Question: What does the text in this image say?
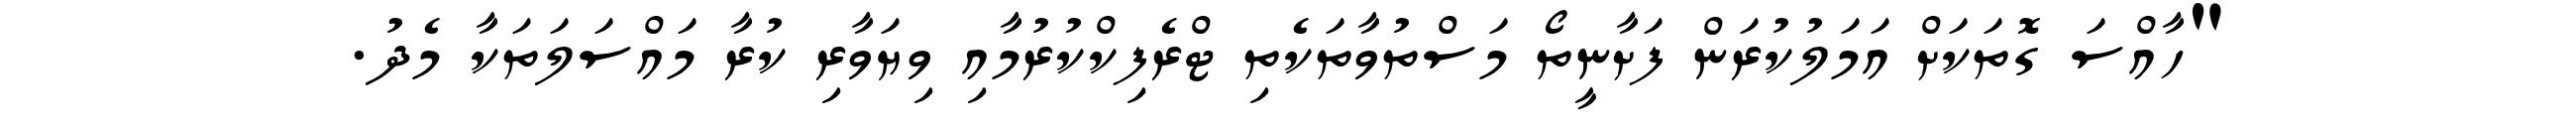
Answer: "ހާއްސަ ގޮތަކަށް އަމަލުކުރަން ފަށާނީތޯ މަސްތުވާތަކެތި ޓްރެފިކްކުރުމާއި ވިޔަވާރި ކުރާ މައްސަލަތަކާ މެދު.